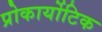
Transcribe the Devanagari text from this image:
प्रोकार्योटिक